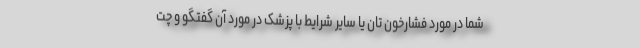
شما در مورد فشارخون تان یا سایر شرایط با پزشک در مورد آن گفتگو و چت